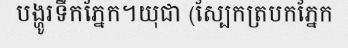
បង្ហូរទឹកភ្នែក។យុជា (ស្បែកត្របកភ្នែក